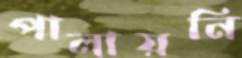
পালায়নি